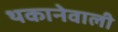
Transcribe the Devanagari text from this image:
थकानेवाली